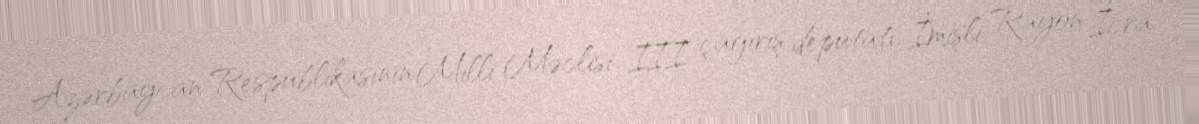
Azərbaycan Respublikasının Milli Məclisi III çağırış deputatı, İmişli Rayon İcra